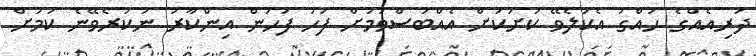
ދަރިއެއްގެ ހައްގު އެކުލެވޭ ކުށަކަށް އެއްބަސްވުމަށް ފަހު ފަހުން އިންކާރު ނުކުރެވޭނެ ކަމަށް